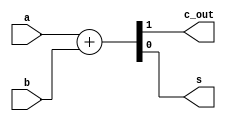
// Title: Single bit Half Adder V 1.0 (No Changelog)
// Updated: 
//---------------------------------------------------------------------------
// This is a Verilog file that define a Half Adder.
// 
//
//---------------------------------------------------------------------------
module halfAdder (   
    input   a,              // The two-bit inputs to the Half Adder
    input   b,
    output  c_out,              // The two-bit outputs to the Half Adder
    output  s 
);
    
    assign {c_out, s} = a + b;
            // Actual operation is to map it to HA Std Cell

endmodule